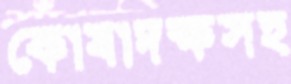
কোষাদক্ষসহ